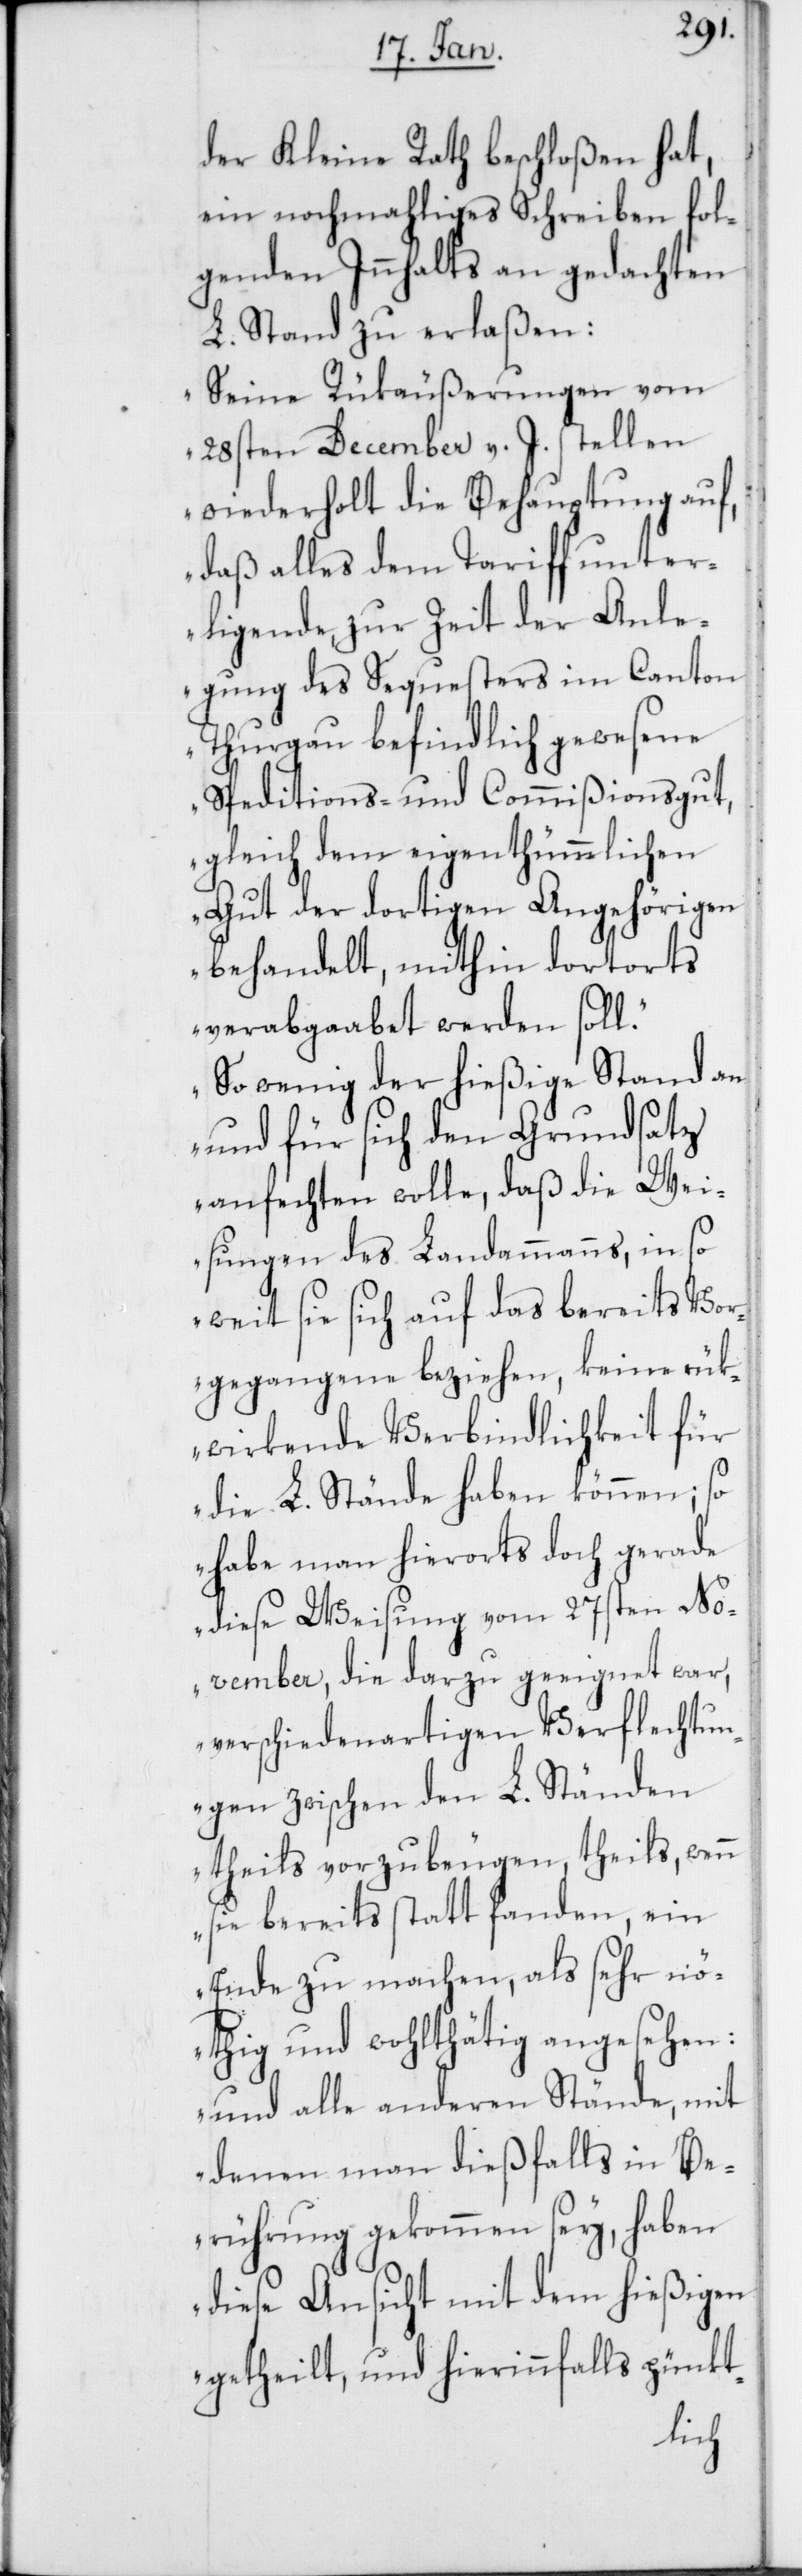
der Kleine Rath beschloßen hat,
ein nochmahliges Schreiben fol¬
genden Innhalts an gedachten
L. Stand zu erlaßen:
„Seine Rückäußerungen vom
28sten December v. J. stellen
wiederholt die Behauptung auf,
daß alles dem Tariff unter¬
ligende, zur Zeit der Anle¬
gung des Sequesters im Canton
Thurgau befindlich gewesene
Speditions- und Commißionsgut,
gleich dem eigenthümlichen
Gut der dortigen Angehörigen
behandelt, mithin dortorts
verabgaabet werden soll.
So wenig der hießige Stand an
und für sich den Grundsatz
anfechten wolle, daß die Wei¬
sungen des Landammanns, in so
weit sie sich auf das bereits Vor¬
gegangene beziehen, keine rük¬
wirkende Verbindlichkeit für
die L. Stände haben können; so
habe man hierorts doch gerade
diese Weisung vom 27sten No¬
vember, die dazu geeignet war,
verschiedenartigen Verflechtun¬
gen zwischen den L. Ständen
theils vorzubeugen, theils, wenn
sie bereits statt fanden, ein
Ende zu machen, als sehr nö¬
thig und wohlthätig angesehen,
und alle anderen Stände, mit
denen man dießfalls in Be¬
rührung gekommen sey, haben
diese Ansicht mit dem hießigen
getheilt, und hierinfalls pünkt-